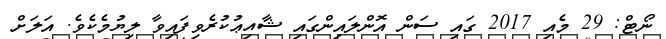
ނޯޓް: 29 މެއި 2017 ގައި ސަން އޮންލައިންގައި ޝާއިޢުކުރެވިފައިވާ ލިޔުމެކެވެ. އަލަށް